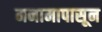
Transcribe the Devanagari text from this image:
मनामापासून